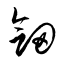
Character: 劍